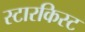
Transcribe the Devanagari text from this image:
स्टारकिस्ट